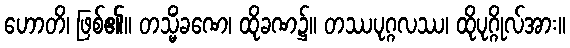
ဟောတိ၊ ဖြစ်၏။ တသ္မိံခဏေ၊ ထိုခဏ၌။ တဿပုဂ္ဂလဿ၊ ထိုပုဂ္ဂိုလ်အား။